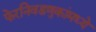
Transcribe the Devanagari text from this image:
फेरनिवडणुकांमध्ये